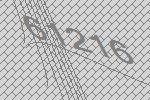
61216